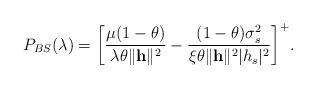
LaTeX: \begin{align*}P_{BS}(\lambda) = \bigg[ \frac{\mu (1 - \theta)}{\lambda \theta \|\mathbf{h}\|^{2}} - \frac{(1 - \theta)\sigma_{s}^{2}}{\xi \theta \|\mathbf{h}\|^{2}|h_{s}|^{2}} \bigg]^{+}.\end{align*}